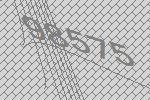
98575